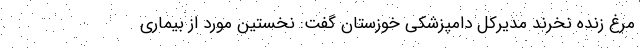
مرغ زنده نخرند مدیرکل دامپزشکی خوزستان گفت: نخستین مورد از بیماری